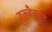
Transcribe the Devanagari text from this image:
उज्जैनहून